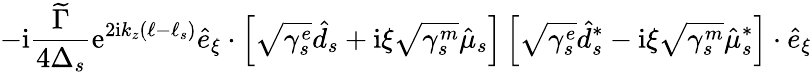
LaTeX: -\mathrm{i}\frac{\widetilde\Gamma}{4\Delta_{s}}\mathrm{e}^{2\mathrm{i}k_{z}(\ell-\ell_{s})}\hat{e}_{\xi}\cdot\left[\sqrt{\gamma_{s}^{e}}\hat{d}_{s}+\mathrm{i}\xi\sqrt{\gamma_{s}^{m}}\hat{\mu}_{s}\right]\left[\sqrt{\gamma_{s}^{e}}\hat{d}_{s}^{*}-\mathrm{i}\xi\sqrt{\gamma_{s}^{m}}\hat{\mu}_{s}^{*}\right]\cdot\hat{e}_{\xi}